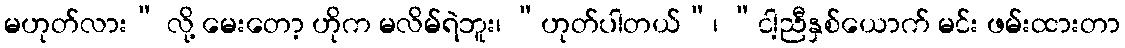
မဟုတ်လား” လို့ မေးတော့ ဟိုက မလိမ်ရဲဘူး၊ “ဟုတ်ပါတယ်”၊ “ငါ့ညီနှစ်ယောက် မင်း ဖမ်းထားတာ